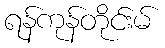
ရန်ကုန်တိုင်းမ်